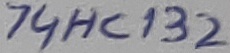
Text: 74HC132